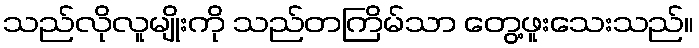
သည်လိုလူမျိုးကို သည်တကြိမ်သာ တွေ့ဖူးသေးသည်။